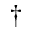
\dagger